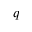
q